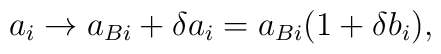
a_i \to a_{Bi} + \delta a_i = a_{Bi} (1 + \delta b_i),